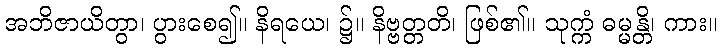
အဘိဇာယိတွာ၊ ပွားစေ၍။ နိရယေ၊ ၌။ နိဗ္ဗတ္တတိ၊ ဖြစ်၏။ သုက္ကံ ဓမ္မန္တိ၊ ကား။